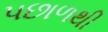
પછાળથી